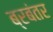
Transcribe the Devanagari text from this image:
ब्रबंतर